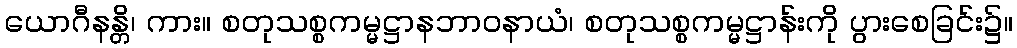
ယောဂီနန္တိ၊ ကား။ စတုသစ္စကမ္မဋ္ဌာနဘာဝနာယံ၊ စတုသစ္စကမ္မဋ္ဌာန်းကို ပွားစေခြင်း၌။